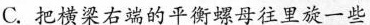
C.把横梁右端的平衡螺母往里旋一些